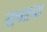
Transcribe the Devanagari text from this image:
आच्याच्या